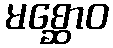
မစ္ဆောဝ